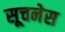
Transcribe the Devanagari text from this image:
सूचनेस